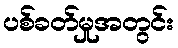
ပစ်ခတ်မှုအတွင်း